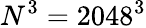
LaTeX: N^{3}=2048^{3}